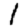
Digit: 1